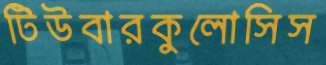
টিউবারকুলোসিস